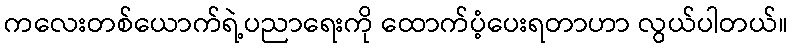
ကလေးတစ်ယောက်ရဲ့ပညာရေးကို ထောက်ပံ့ပေးရတာဟာ လွယ်ပါတယ်။